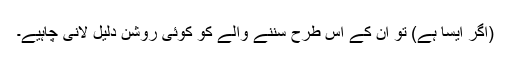
(اگر ایسا ہے) تو ان کے اس طرح سننے والے کو کوئی روشن دلیل لانی چاہیے۔